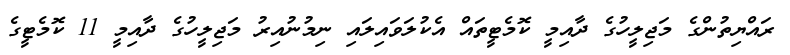
ރައްޔިތުންގެ މަަޖިލީހުގެ ދާއިމީ ކޮމެޓީތައް އެކުލަވައިލައި ނިމުނުއިރު މަޖިލީހުގެ ދާއިމީ 11 ކޮމެޓީގެ